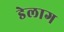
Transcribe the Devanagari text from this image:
डेलाग